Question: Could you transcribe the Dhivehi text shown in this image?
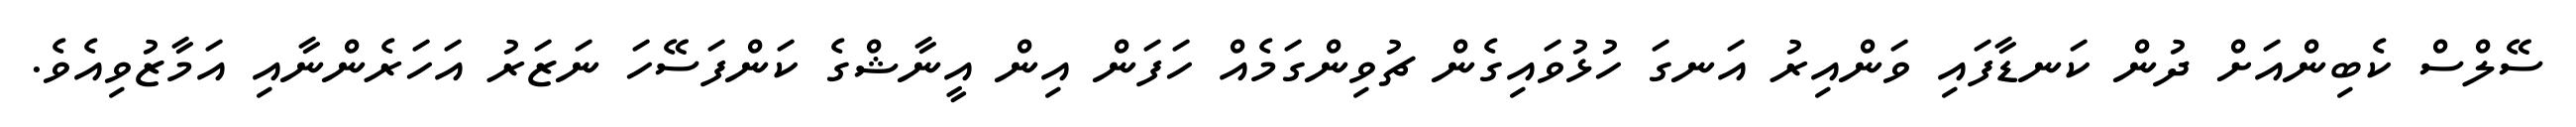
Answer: ސޭލްސް ކެބިންއަށް ދުން ކަނޑާފައި ވަންއިރު އަނގަ ހުޅުވައިގެން ޗުވިންގަމެއް ހަފަން އިން އީނާޝްގެ ކަންފަސޭހަ ނަޒަރު އަހަރެންނާއި އަމާޒުވިއެވެ.